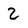
Character: 2